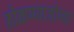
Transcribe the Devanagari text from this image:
ठोकण्याजोग्या